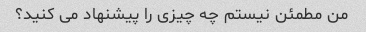
من مطمئن نیستم چه چیزی را پیشنهاد می کنید؟